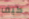
كيف